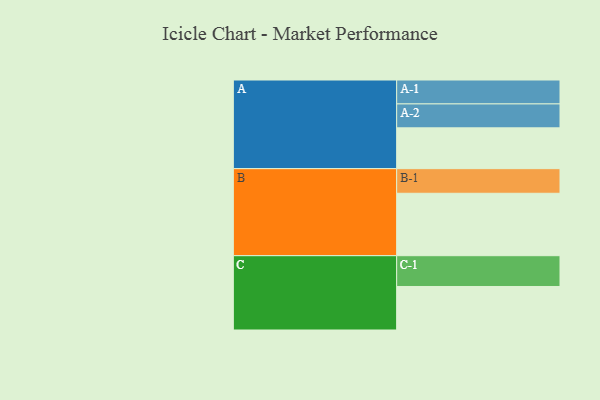
{"axis": {"x": "Segment", "y": "Value"}, "legend": ["", "A", "B", "C"], "data": [{"x": "A", "y": 350, "type": ""}, {"x": "B", "y": 535, "type": ""}, {"x": "C", "y": 373, "type": ""}, {"x": "A-1", "y": 205, "type": "A"}, {"x": "A-2", "y": 205, "type": "A"}, {"x": "B-1", "y": 211, "type": "B"}, {"x": "C-1", "y": 264, "type": "C"}]}